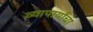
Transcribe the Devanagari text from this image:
व्यापार्यांचा